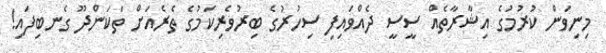
މިނިވަން ކުރުމުގެ އިޝާރާތެއް ސީސީ ދެއްވައިފި ސިހުރުގެ ބިރުވެރިކަމުގެ ތެރެއަށް ތަކަންދޫ ގެނބިފައި!